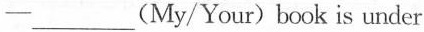
—___(My/Your)book is under